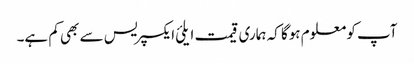
آپ کو معلوم ہوگا کہ ہماری قیمت ایلئ ایکسپریس سے بھی کم ہے۔